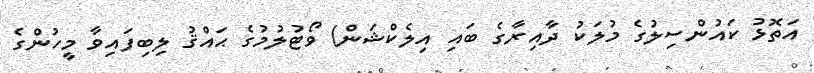
އަތޮޅު ކައުންސިލުގެ މުލަކު ދާއިރާގެ ބައި އިލެކްޝަން) ވޯޓުލުމުގެ ޙައްޤު ލިބިފައިވާ މީހުންގެ